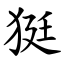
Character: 㹶